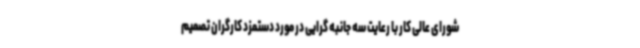
شورای عالی کار با رعایت سه جانبه گرایی در مورد دستمزد کارگران تصمیم